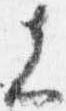
先